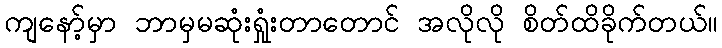
ကျနော့်မှာ ဘာမှမဆုံးရှုံးတာတောင် အလိုလို စိတ်ထိခိုက်တယ်။